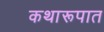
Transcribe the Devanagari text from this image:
कथारूपात